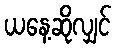
ယနေ့ဆိုလျှင်